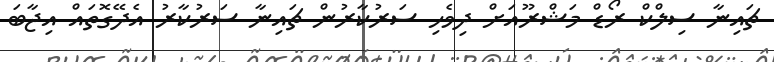
ޗައިނާ ސިލްކް ރޯޑް މަޝްރޫއަށް ދިވެހި ސަރުކާރުން ޗައިނާ ސަރުކާރު އެދޭގޮތައް އިޖާބަ